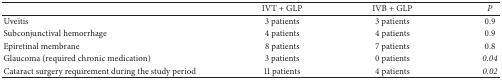
|  | IVT + GLP | IVB + GLP | P |
 | --- | --- | --- | --- |
 | Uveitis | 3 patients | 3 patients | 0.9 |
 | Subconjunctival hemorrhage | 4 patients | 4 patients | 0.9 |
 | Epiretinal membrane | 8 patients | 7 patients | 0.8 |
 | Glaucoma (required chronic medication) | 3 patients | 0 patients | 0.04 |
 | Cataract surgery requirement during the study period | 11 patients | 4 patients | 0.02 |